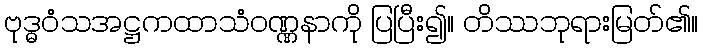
ဗုဒ္ဓဝံသအဋ္ဌကထာသံဝဏ္ဏနာကို ပြပြီး၍။ တိဿဘုရားမြတ်၏။